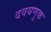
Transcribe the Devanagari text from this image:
दवयणुक